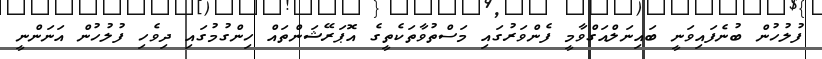
ފުލުހުން ބުނެފައިވަނީ ބައިނަލްއަގްވާމީ ފެންވަރުގައި މަސްތުވާތަކެތީގެ އޮޕަރޭޝަންތައް ހިންގުމުގައި ދިވެހި ފުލުހުން އަނަންނީ